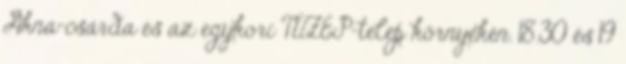
Akna-csárda és az egykori TÜZÉP-telep környékén. 18.30 és 19